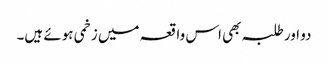
دو اور طلبہ بھی اس واقعہ میں زخمی ہوئے ہیں۔